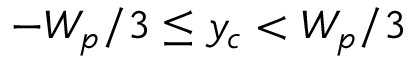
- W _ { p } / 3 \le y _ { c } < W _ { p } / 3